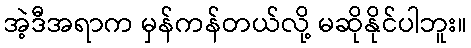
အဲ့ဒီအရာက မှန်ကန်တယ်လို့ မဆိုနိုင်ပါဘူး။